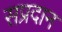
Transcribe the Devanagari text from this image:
सप्रदान